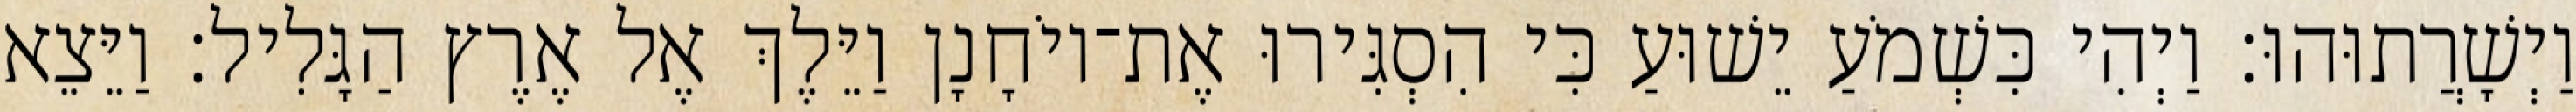
וַיְשָׁרֲתוּהוּ׃ וַיְהִי כִּשְׁמֹעַ יֵשׁוּעַ כִּי הִסְגִּירוּ אֶת־יוֹחָנָן וַיֵּלֶךְ אֶל אֶרֶץ הַגָּלִיל׃ וַיֵּצֵא